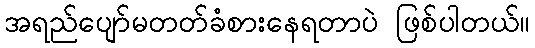
အရည်ပျော်မတတ်ခံစားနေရတာပဲ ဖြစ်ပါတယ်။